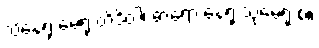
သိနေရု မေရု တိဒိဝါ၊ ဓာရော နေရု သုမေရု စ။